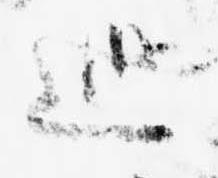
巡